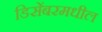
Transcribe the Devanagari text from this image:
डिसेंबरमधील